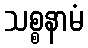
သစ္စနာမံ